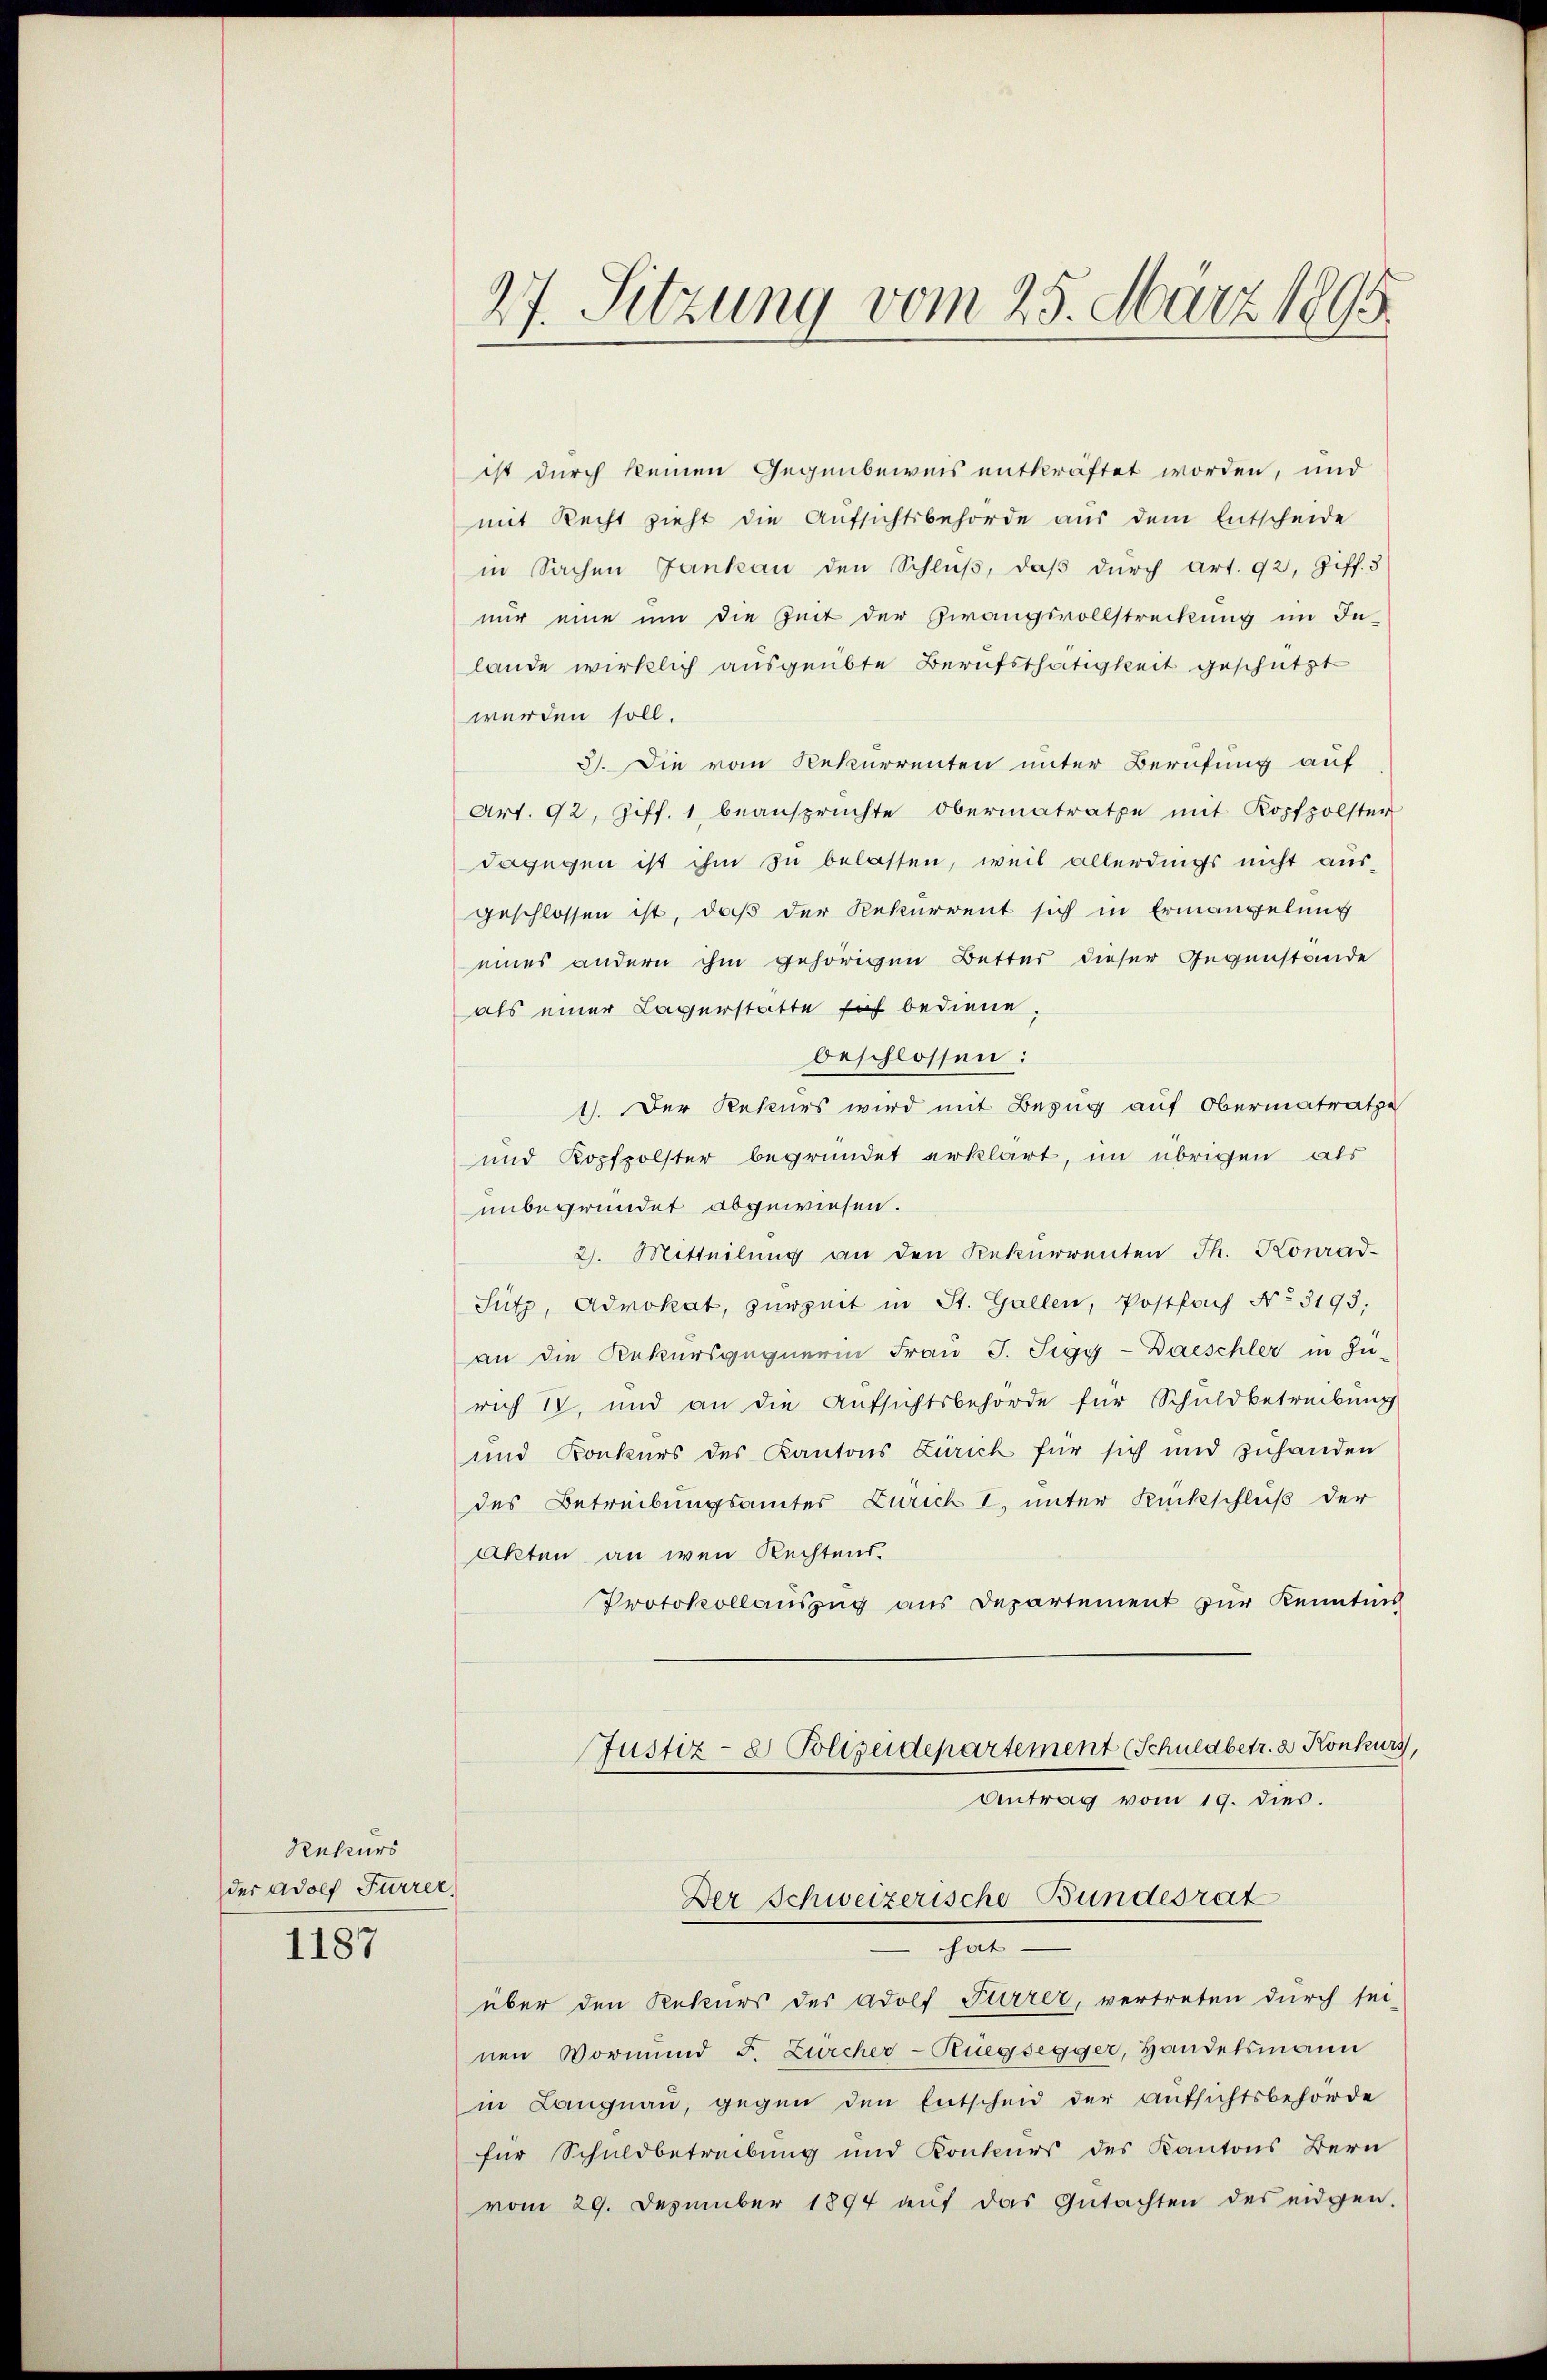
Rekurs
der Adolf Furrer,

1187

27. Sitzung vom 25. März 1895

ist durch keinen Gegenbeweis entkräftet worden, und
mit Recht zieht die Aufsichtsbehörde aus dem Entscheide
in Sachen Jankan den Schlŭβ, daβ dŭrch Art. 92, Ziff. 3
nur eine um die Zeit der Zwangsvollstreckung im In-
lande wirklich ausgeübte Berufsthätigkeit geschützt
werden soll.
3). Die vom Rekurrenten unter Berufung auf
Art. 92, Ziff. 1 beansprüchte Obermatrathe mit Kopfpolster
dagegen ist ihm zu belassen, weil allerdings nicht aus-
geschlossen ist, daß der Rekurrent sich in Ermangelung
eines andern ihm gehörigen Better dieser Gegenstande
als einer Lagerstatte of bediene
beschlossen:
1). Der Rekurs wird mit Bezug auf Obermatratze
und Kopfpolster begründet erklärt, im übrigen als
unbegründet abgewiesen.
2. Mitteilŭng an den Rekurrenten Th. Konrad-
Sütz, Advokat, zurzeit in St. Gallen, Postfach No. 3193;
an die Rekursgegnerin Frau J. Sigg-Daeschler in Zu-
rich I. und an die Aufsichtsbehörde für Schuldbetreibung
und Konkurs des Kantons Zürich für sich und zuhanden
des Betreibungsämter Zürich I, unter Rückschluß der
Akten an wen Rechtens.
Protokollauszug aus Departement zur Kenntnis
Justiz- & Polizeidepartement (Schuldbetr. 2 Konkurs,
Antrag vom 19. dies.
Der Schweizerische Bundesrat
Ja
über den Rekurs des Adolf Furrer, vertreten durch sei-
nen Vormund F. Zürcher-Rüegsegger, Handelsmann
in Langnau, gegen den Entscheid der Aufsichtsbehörde
für Schuldbetreibung und Konkurs des Kantons Bern
vom 29. Dezember 1894 auf das Gutachten des eidgen.